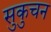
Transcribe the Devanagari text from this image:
सुकुचन